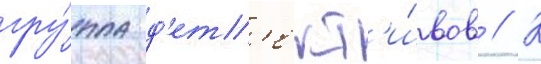
гру́ппа д'ет'ект'и́вов // К